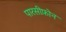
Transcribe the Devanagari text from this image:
पारसीफ़ोन